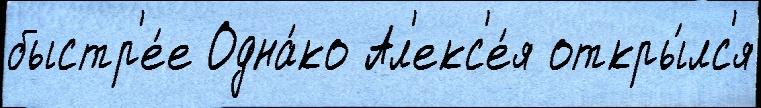
быстр'е́е Одна́ко Ал'екс'е́я откры́лс'я